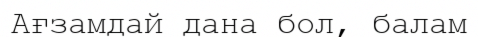
Ағзамдай дана бол, балам